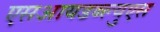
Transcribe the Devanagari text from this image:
एसआयडब्ल्युएस